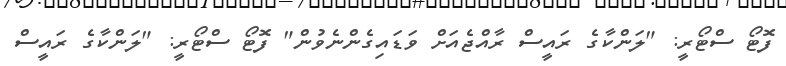
ފޮޓޯ ސްޓޯރީ: "ލަންކާގެ ރައީސް ރާއްޖެއަށް ވަޑައިގެންނެވުން" ފޮޓޯ ސްޓޯރީ: "ލަންކާގެ ރައީސް